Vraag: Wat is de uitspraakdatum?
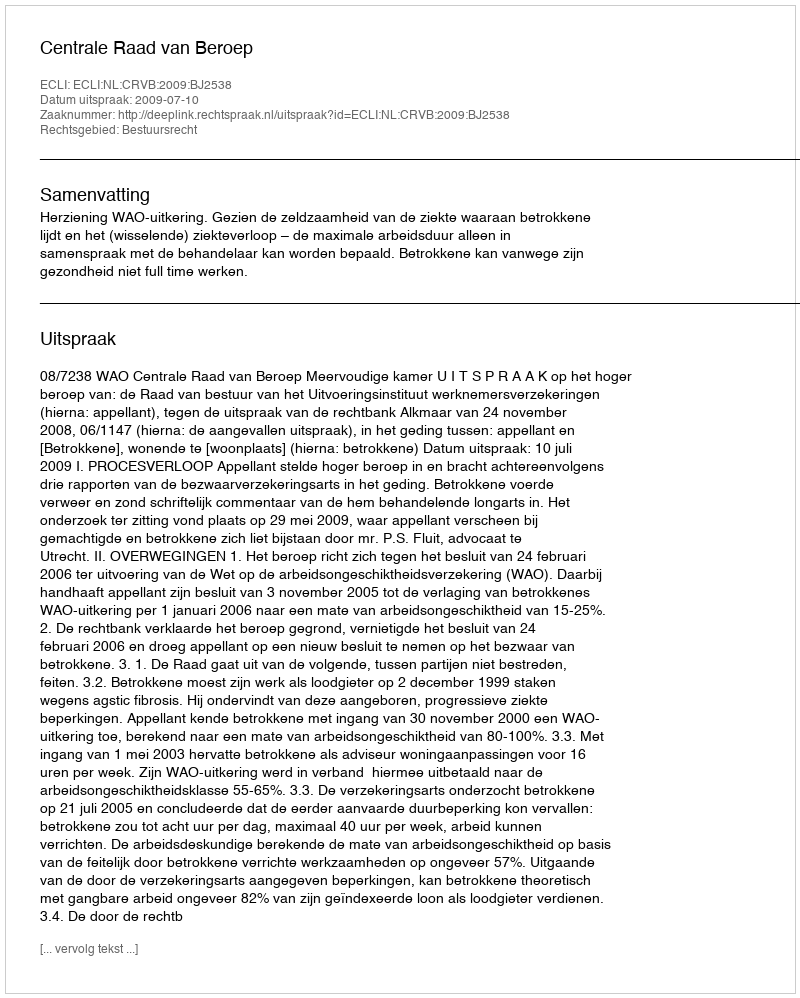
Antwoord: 2009-07-10